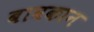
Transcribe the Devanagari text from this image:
बावकान